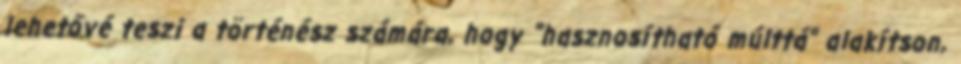
lehetővé teszi a történész számára, hogy "hasznosítható múlttá" alakítson,